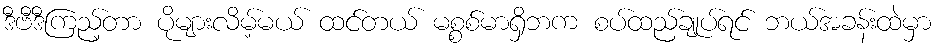
ဒီဗီဒီကြည့်တာ ပိုများလိမ့်မယ် ထင်တယ် မစ္စစ်မာရှိဘက စပ်ထည်ချုပ်ရင် ဘယ်အခန်းထဲမှာ